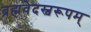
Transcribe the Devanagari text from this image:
ब्रह्मवेदस्वरूपम्